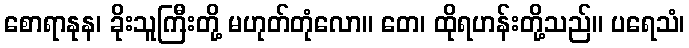
စောရာနုန၊ ခိုးသူကြီးတို့ မဟုတ်တုံလော။ တေ၊ ထိုရဟန်းတို့သည်။ ပရေသံ၊